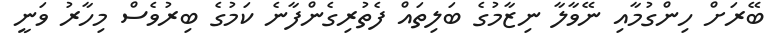
ބޭރަށް ހިންގުމާއި ނޭވާލާ ނިޒާމުގެ ބަލިތައް ފެތުރިގެންފާނެ ކަމުގެ ބިރުވެސް މިހާރު ވަނީ